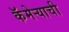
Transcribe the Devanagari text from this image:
कॅमेर्‍याची